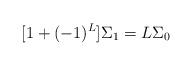
LaTeX: \begin{align*}\lbrack1+(-1)^{L}]\Sigma_{1}=L\Sigma_{0}\end{align*}